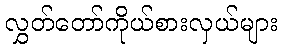
လွှတ်တော်ကိုယ်စားလှယ်များ